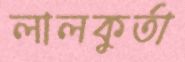
লালকুর্তা